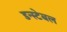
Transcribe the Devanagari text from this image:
डन्स्टेबल